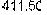
411.50